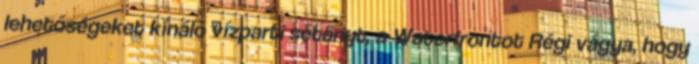
lehetőségeket kínáló vízparti sétányt, a Waterfrontot Régi vágya, hogy